Scottish Leaving Certificate Examination, 1960
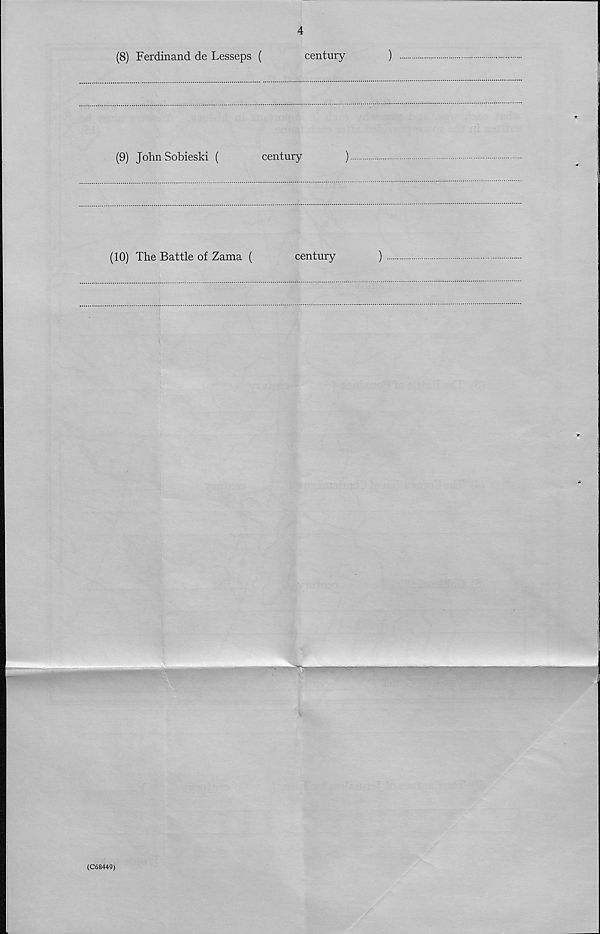
4
(8) Ferdinand de Lesseps (
century
)
(9) JohnSobieski (
century
)
(10) The Battle of Zama (
century
)
(C68449)